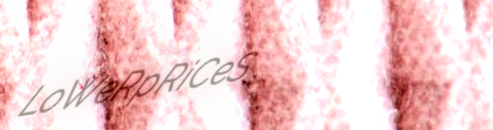
LoWeRpRiCeS